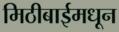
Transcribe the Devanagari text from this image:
मिठीबाईमधून